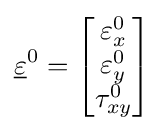
{\underline {\varepsilon }}^{0}={\begin{bmatrix}\varepsilon _{x}^{0}\\\varepsilon _{y}^{0}\\\tau _{xy}^{0}\end{bmatrix}}